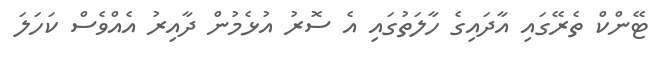
ޓޭންކް ތެރޭގައި އާދައިގެ ހާލަތުގައި އެ ސޮރު އުޅެމުން ދާއިރު އެއްވެސް ކަހަލަ